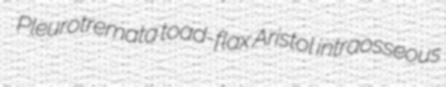
Pleurotremata toad-flax Aristol intraosseous